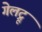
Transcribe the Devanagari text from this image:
गेलट्रू